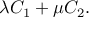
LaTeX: \lambda C _ { 1 } + \mu C _ { 2 } .